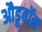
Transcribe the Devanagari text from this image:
औडूबॉन